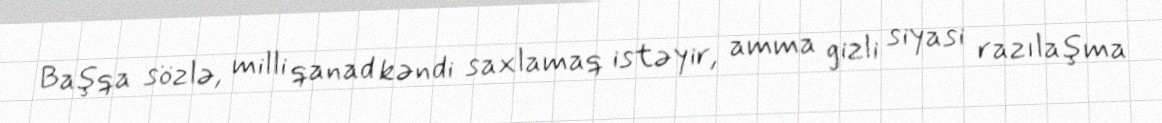
Başqa sözlə, milli qanad kəndi saxlamaq istəyir, amma gizli siyasi razılaşma